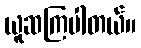
ယူဆကြပါတယ်။